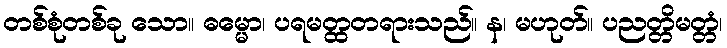
တစ်စုံတစ်ခု သော။ ဓမ္မော၊ ပရမတ္ထတရားသည်။ န၊ မဟုတ်။ ပညတ္တိမတ္တံ၊